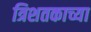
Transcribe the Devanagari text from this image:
त्रिशतकाच्या